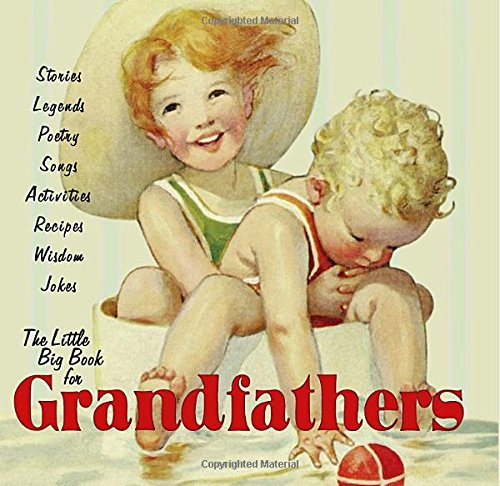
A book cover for The Little Big Book for Grandfathers; Parenting & Relationships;